Eesti_Vabariigi_Tartu_Ulikool, lk 106
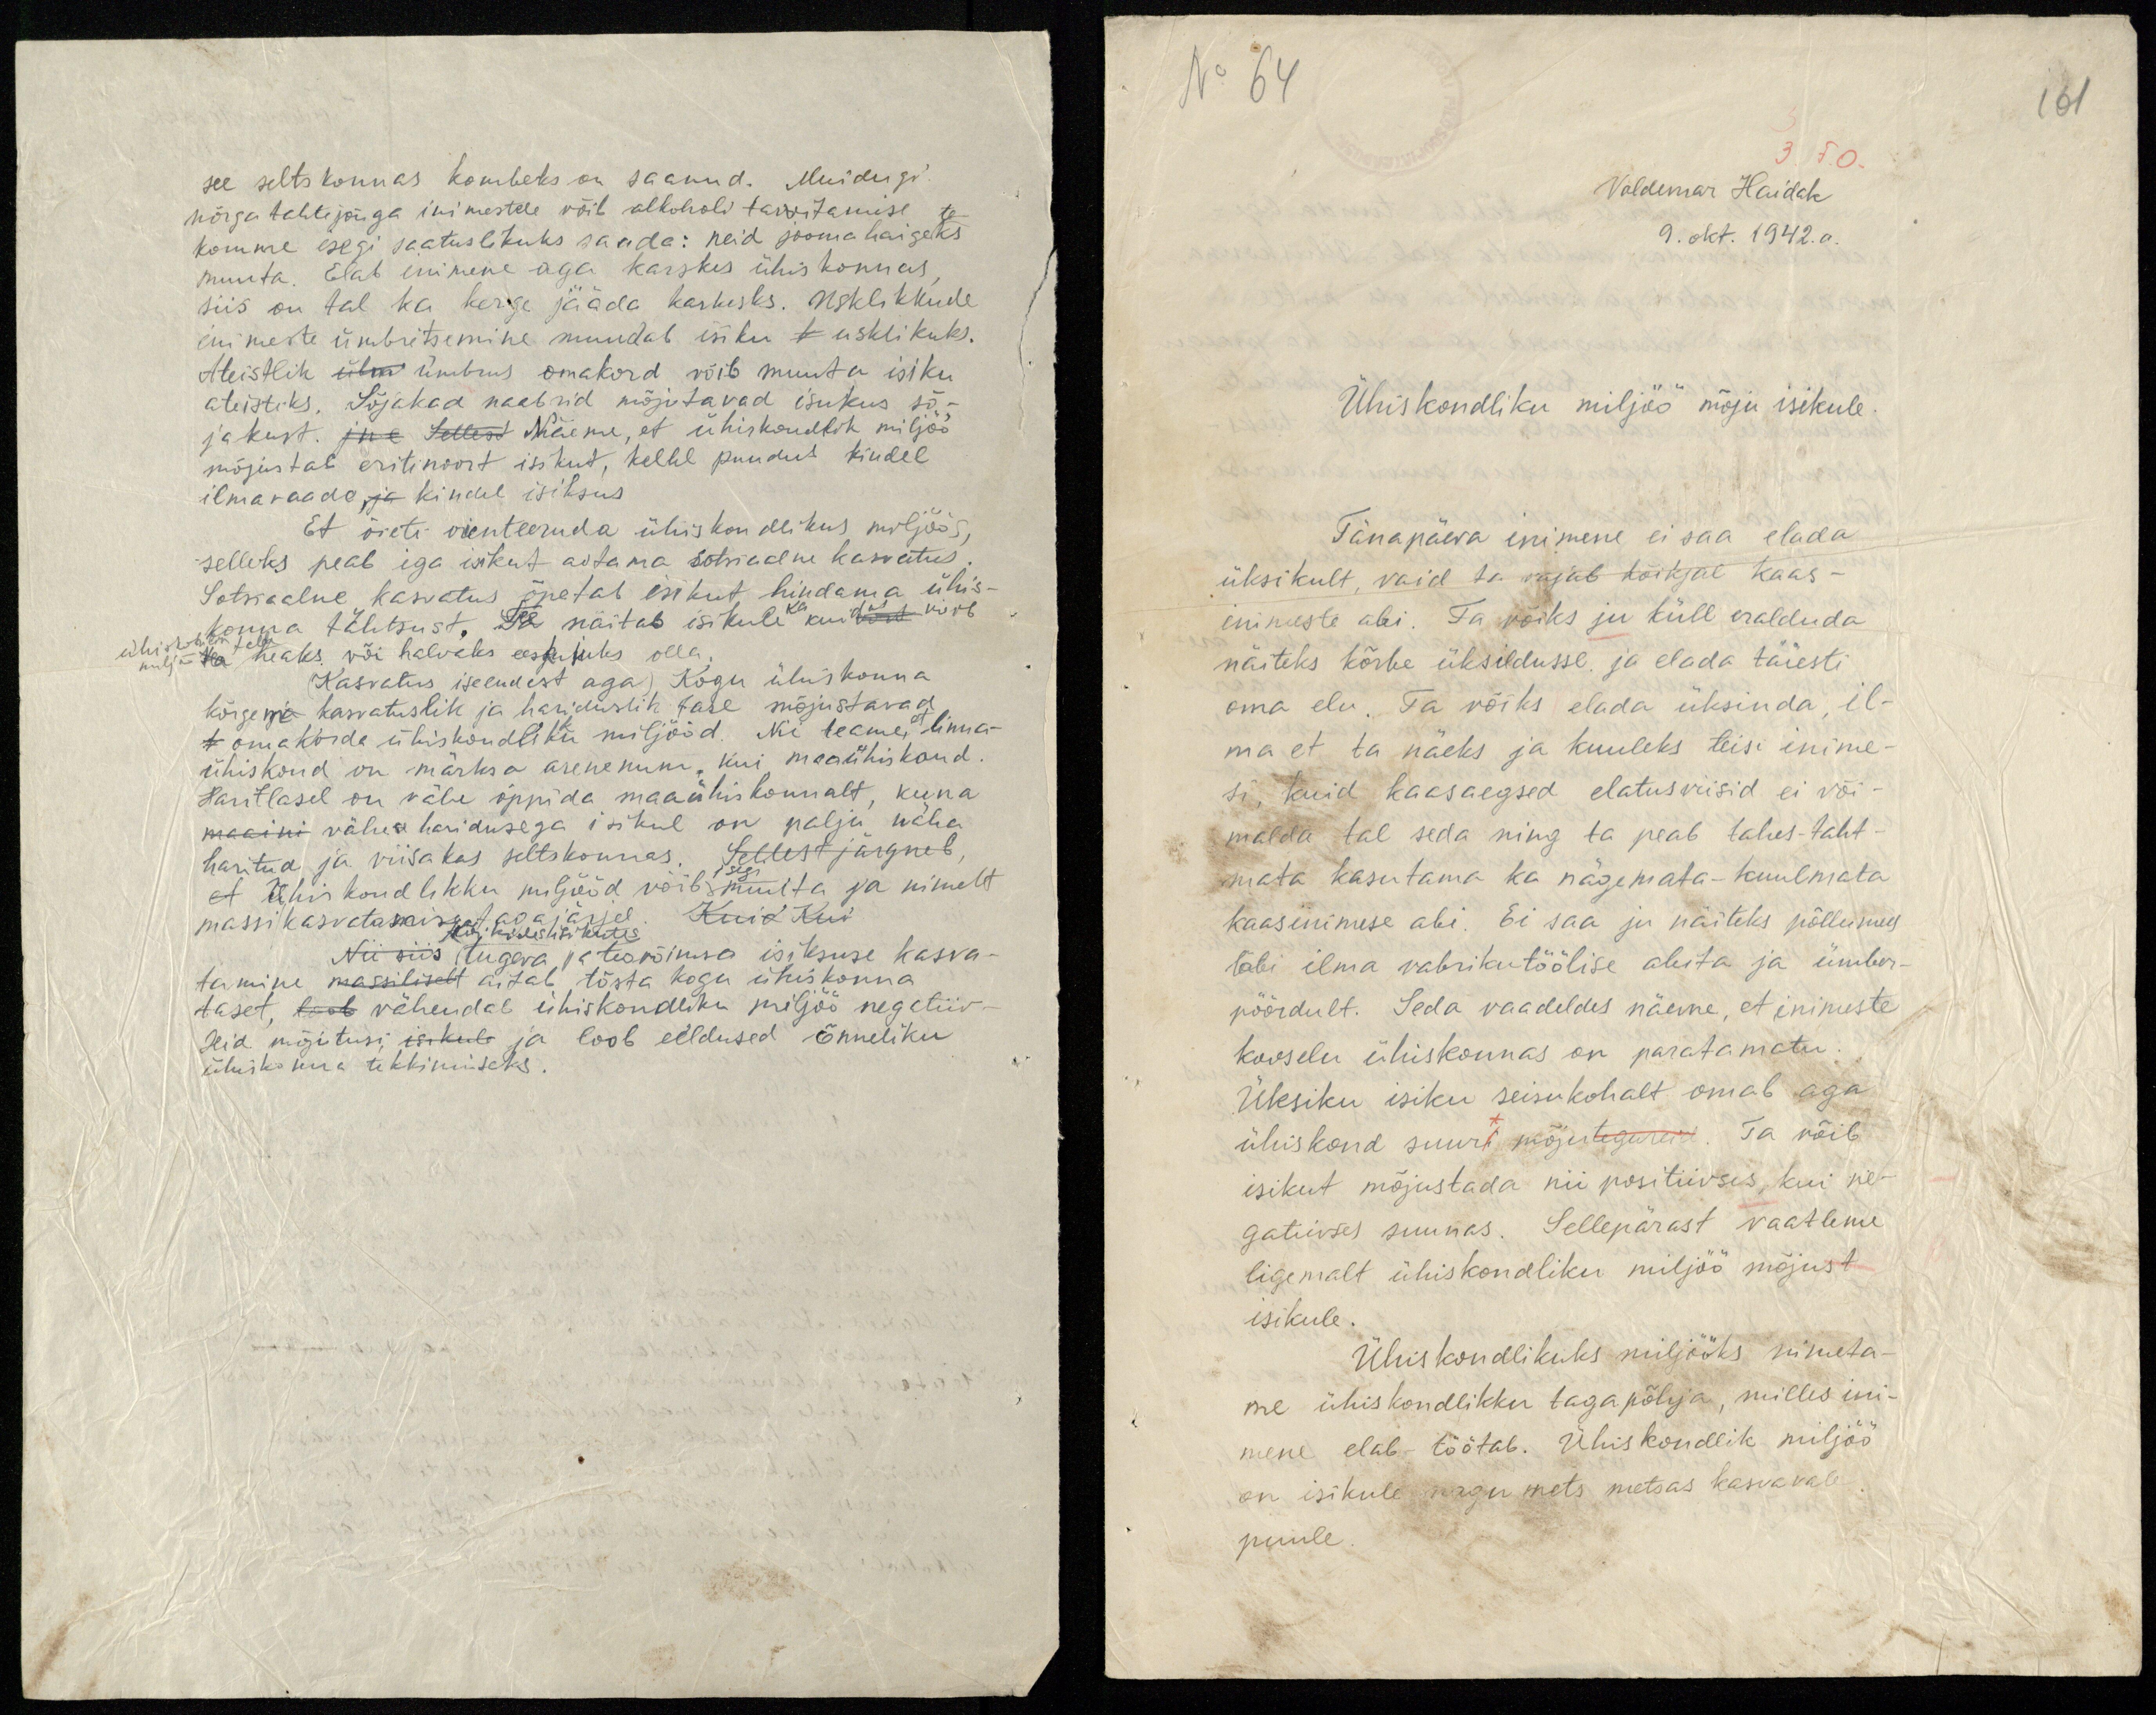
No 64

161

see seltskonnas kombeks on saanud. Muidugi
nõrga tahtejõuga inimestele võib alkoholi tarvitamise
komme isegi saatuslikuks saada: neid joomahaigeteks
muuta. Elab inimene aga karskes ühiskonnas,
siis on tal ka kerge jääda karkesks. Usklikkude
inimeste ümbritsemine muudab isiku k usklikuks.
Ateistlik ülm ümbrus omakord võib muuta isiku
ateistiks. Sõjakad naabrid mõjutavad isukus sõ-
jakust. jne Sellest Näeme, et ühiskondlik miljöö
mõjustab eriti noort isikut, kellel puudub kindel
ilmavaade, ja kindel isiksus
Et õieti orienteeruda ühiskondlikus miljöös,
selleks peab iga isikut aitama sotsiaalne kasvatus.
Sotsiaalne kasvatus õpetab isikut hindama ühis-
konna tähtsust. See näitab isikule ka kuidas võib
ühiskondlik miljöö te teda heaks või halvaks eeskujuks olla.
(Kasvatus iseeneast aga) Kogu ühiskonna
kõrgeim kasvatuslik ja hariduslik tase mõjustavad
t omakorda ühiskondlikku miljööd. Nii teame, et linna-
ühiskond on märksa arenenum, kui maaühiskond
Haritlasel on vähe õppida maaühiskonnalt, kuna
maaini vähese haridusega isikul on palju näha
haritud ja viisakas seltskonnas. Sellest järgneb
et Ühiskondlikku miljööd võib isegi muuta ja nimelt
massikasvatamise tagajärjel. Kuid Kui
Kõikides isikutes
Nii siis tugeva ja teovõimsa isiksuse kasva-
tamine massiliselt aitab tõsta kogu ühiskonna
taset, loob vähendab ühiskondliku miljöö negatiiv-
seid mõjutusi, isikule ja loob eeldused õnneliku
ühiskonna tekkimiseks

Voldemar Haidak
9. okt. 1942. a.
Ühiskondliku miljöö mõju isikule.
Tänapäeva inimene ei saa elada
üksikult, vaid ta vajab kõikjal kaas-
inimeste abi. Ta võiks ju küll eralduda
näiteks kõrbe üksildusse ja elada täiesti
oma elu. Ta võiks elada üksinda, il-
ma et ta näeks ja kuuleks teisi inime-
si, kuid kaasaegsed elatusviisid ei või-
malda tal seda ning ta peab tahes-taht-
mata kasutama ka nägemata-kuulmata
kaasinimese abi. Ei saa ju näiteks põllumees
läbi ilma vabrikutöölise abita ja ümber-
pöördult. Seda vaadeldes näeme, et inimeste
kooselu ühiskonnas on paratamatu.
Üksiku isiku seisukohalt omab aga
ühiskond suurt mõjutegureid. Ta võib
isikut mõjustada nii positiivses, kui ne-
gatiivses suunas. Sellepärast vaatleme
ligemalt ühiskondliku miljöö mõjust
isikule.
Ühiskondlikuks miljööks nimeta-
me ühiskondlikku tagapõhja, milles ini-
mene elab-töötab. Ühiskondlik miljöö
on isikule nagu mets metsas kasvavale
puule.